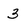
Character: 3